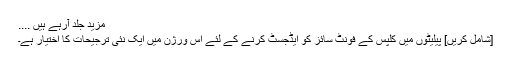
مزید جلد آرہے ہیں ....
[شامل کریں] پیلیٹوں میں کلپس کے فونٹ سائز کو ایڈجسٹ کرنے کے لئے اس ورژن میں ایک نئی ترجیحات کا اختیار ہے۔